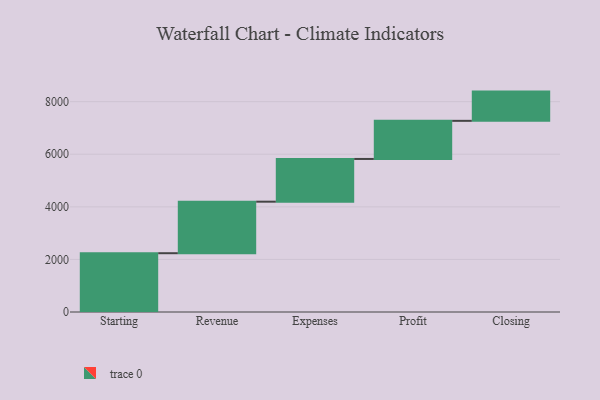
{"axis": {"x": "Step", "y": "Value"}, "legend": [""], "data": [{"x": "Starting", "y": 2236.0, "type": ""}, {"x": "Revenue", "y": 1960.0, "type": ""}, {"x": "Expenses", "y": 1625.0, "type": ""}, {"x": "Profit", "y": 1450.0, "type": ""}, {"x": "Closing", "y": 1112.0, "type": ""}]}